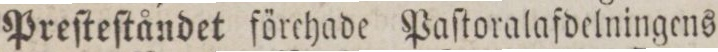
Preſteſtåndet förchade Paſtoralafdelningens